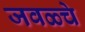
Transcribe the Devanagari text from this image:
जवळ्चे